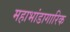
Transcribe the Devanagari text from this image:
महाभांडागारिक